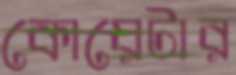
কোয়েটার